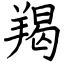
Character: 羯